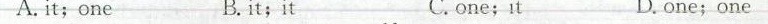
A.it;one B.it;it C. one;it D.one; one